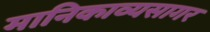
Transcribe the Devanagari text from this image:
मानिकाव्यसागर